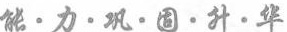
能\cdot 力\cdot 巩\cdot 固\cdot 升\cdot 华